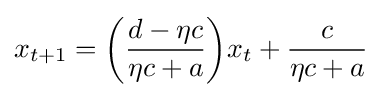
x_{t+1}=\left({\frac {d-\eta c}{\eta c+a}}\right)\!x_{t}+{\frac {c}{\eta c+a}}